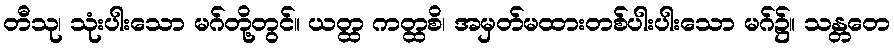
တီသု၊ သုံးပါးသော မဂ်တို့တွင်။ ယတ္ထ ကတ္ထစိ၊ အမှတ်မထားတစ်ပါးပါးသော မဂ်၌။ သန္တတေ